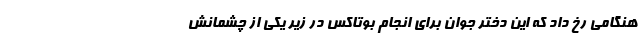
هنگامی رخ داد که این دختر جوان برای انجام بوتاکس در زیر یکی از چشمانش